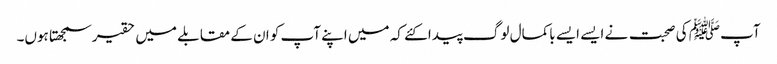
آپﷺ کی صحبت نے ایسے ایسے باکمال لوگ پیدا کئے کہ میں اپنے آپ کو ان کے مقابلے میں حقیر سمجھتا ہوں۔